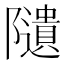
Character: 𨽟